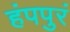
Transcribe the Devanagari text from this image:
हंपपुरं